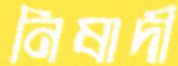
নিষাদী